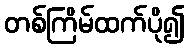
တစ်ကြိမ်ထက်ပို၍